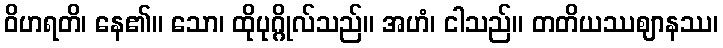
ဝိဟရတိ၊ နေ၏။ သော၊ ထိုပုဂ္ဂိုလ်သည်။ အဟံ၊ ငါသည်။ တတိယဿဈာနဿ၊